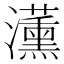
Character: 𭳵